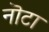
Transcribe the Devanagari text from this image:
नॊटा